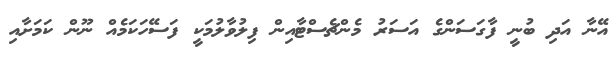
އޭނާ އަދި ބުނީ ފާގަސަންގެ އަސަރު މެންޗެސްޓާއިން ފިލުވާލުމަކީ ފަސޭހަކަމެއް ނޫން ކަމަށާއި